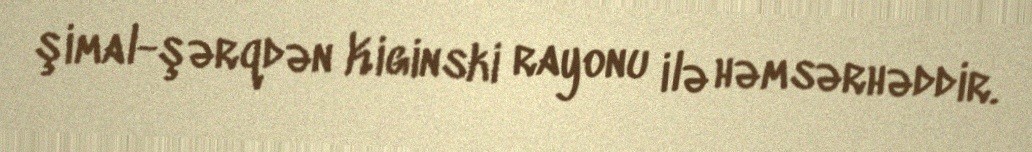
şimal-şərqdən Kiginski rayonu ilə həmsərhəddir.